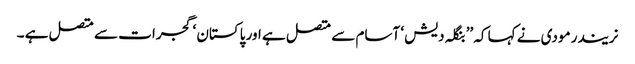
نریندر مودی نے کہا کہ ’’ بنگلہ دیش ‘ آسام سے متصل ہے اور پاکستان ‘ گجرات سے متصل ہے ۔